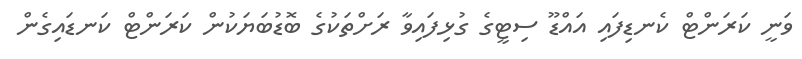
ވަނީ ކަރަންޓް ކެނޑިފައި އައްޑޫ ސިޓީގެ ގުޅިފައިވާ ރަށްތަކުގެ ބޮޑުބަޔަކުން ކަރަންޓް ކަނޑައިގެން